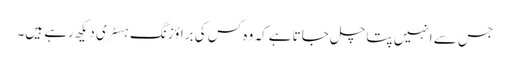
جس سے انہیں پتا چل جاتا ہے کہ وہ کس کی براؤزنگ ہسٹری دیکھ رہے ہیں۔